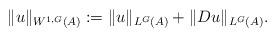
LaTeX: \begin{align*}\|u\|_{W^{1,G}(A)}:=\|u\|_{L^G(A)}+\|Du\|_{L^G(A)}. \end{align*}